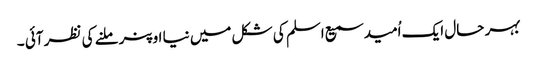
بہر حال ایک اُمید سمیع اسلم کی شکل میں نیا اوپنر ملنے کی نظر آئی ۔